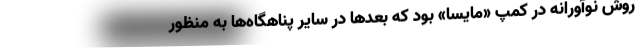
روش نوآورانه در کمپ «مایسا» بود که بعدها در سایر پناهگاه‌ها به منظور